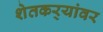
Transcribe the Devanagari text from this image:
शेतकर्‍यांवर